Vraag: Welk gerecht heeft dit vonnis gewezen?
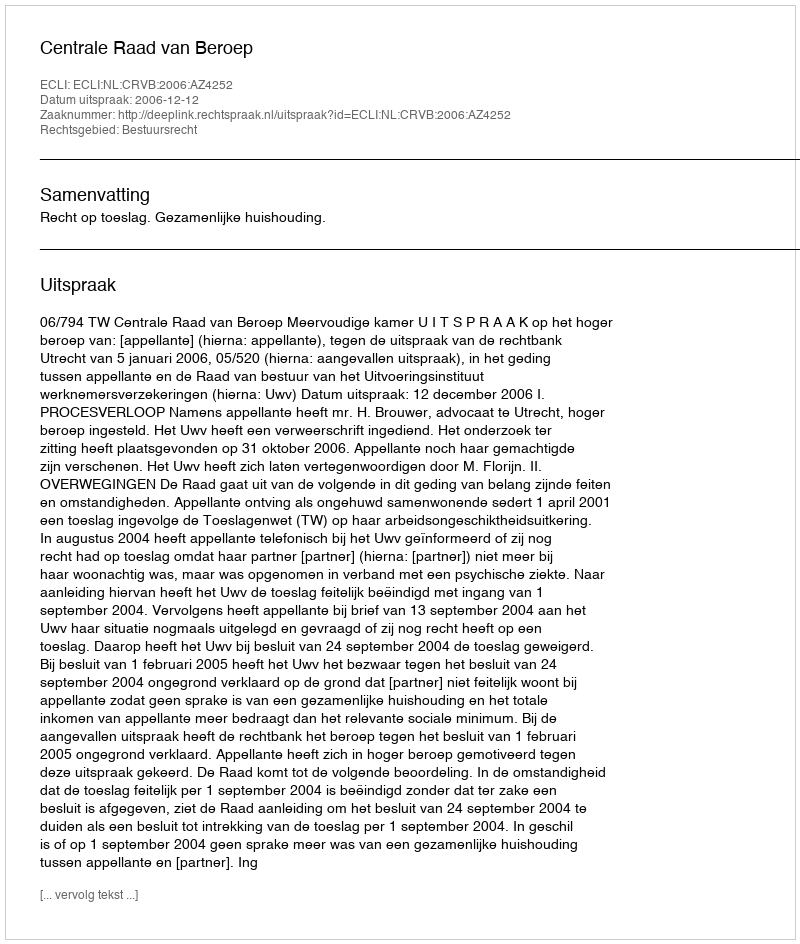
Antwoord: Centrale Raad van Beroep